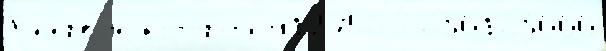
Вп'ервы́е кото́рый 412756 6830183000